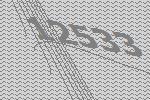
12533